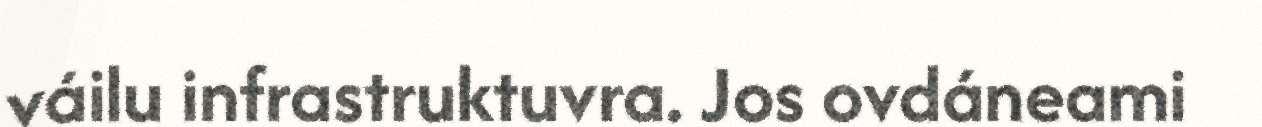
váilu infrastruktuvra. Jos ovdáneami